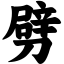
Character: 劈